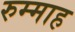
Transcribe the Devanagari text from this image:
रुम्माह